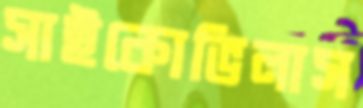
সাইকোভিলাস